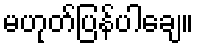
မဟုတ်ပြန်ပါချေ။